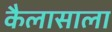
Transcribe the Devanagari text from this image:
कैलासाला